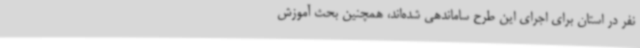
نفر در استان برای اجرای این طرح ساماندهی شده‌اند، همچنین بحث آموزش